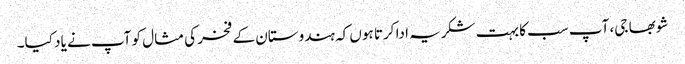
شوبھا جی، آپ سب کا بہت شکریہ ادا کرتا ہوں کہ ہندوستان کے فخر کی مثال کو آپ نے یاد کیا۔